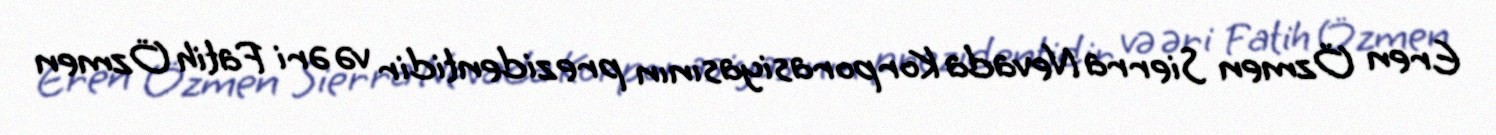
Eren Özmen Sierra Nevada Korporasiyasının prezidentidir və əri Fatih Özmen